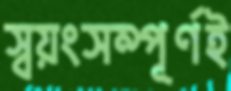
স্বয়ংসম্পূর্ণই